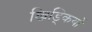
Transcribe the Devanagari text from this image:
खिड्कियों